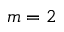
m = 2